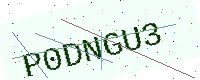
Text: P0DNGU3